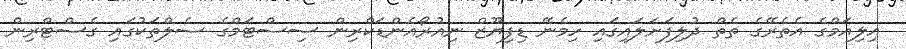
އިލިއަމްގެ އެތެރޭގެ ތެތް ދުލިފަށަލައިގައި ހިމެނޭ ޑިފިޔޫޒް ނިއުރޯއެންޑަކްރިން ސިސްޓަމްގެ ސެލްތަކުގައި ގެސްޓްރިން